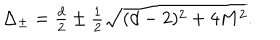
\textstyle \Delta _ { \pm } = \frac d 2 \pm \frac 1 2 \sqrt { ( d - 2 ) ^ { 2 } + 4 M ^ { 2 } } .